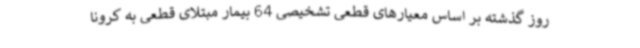
روز گذشته بر اساس معیارهای قطعی تشخیصی 64 بیمار مبتلای قطعی به کرونا